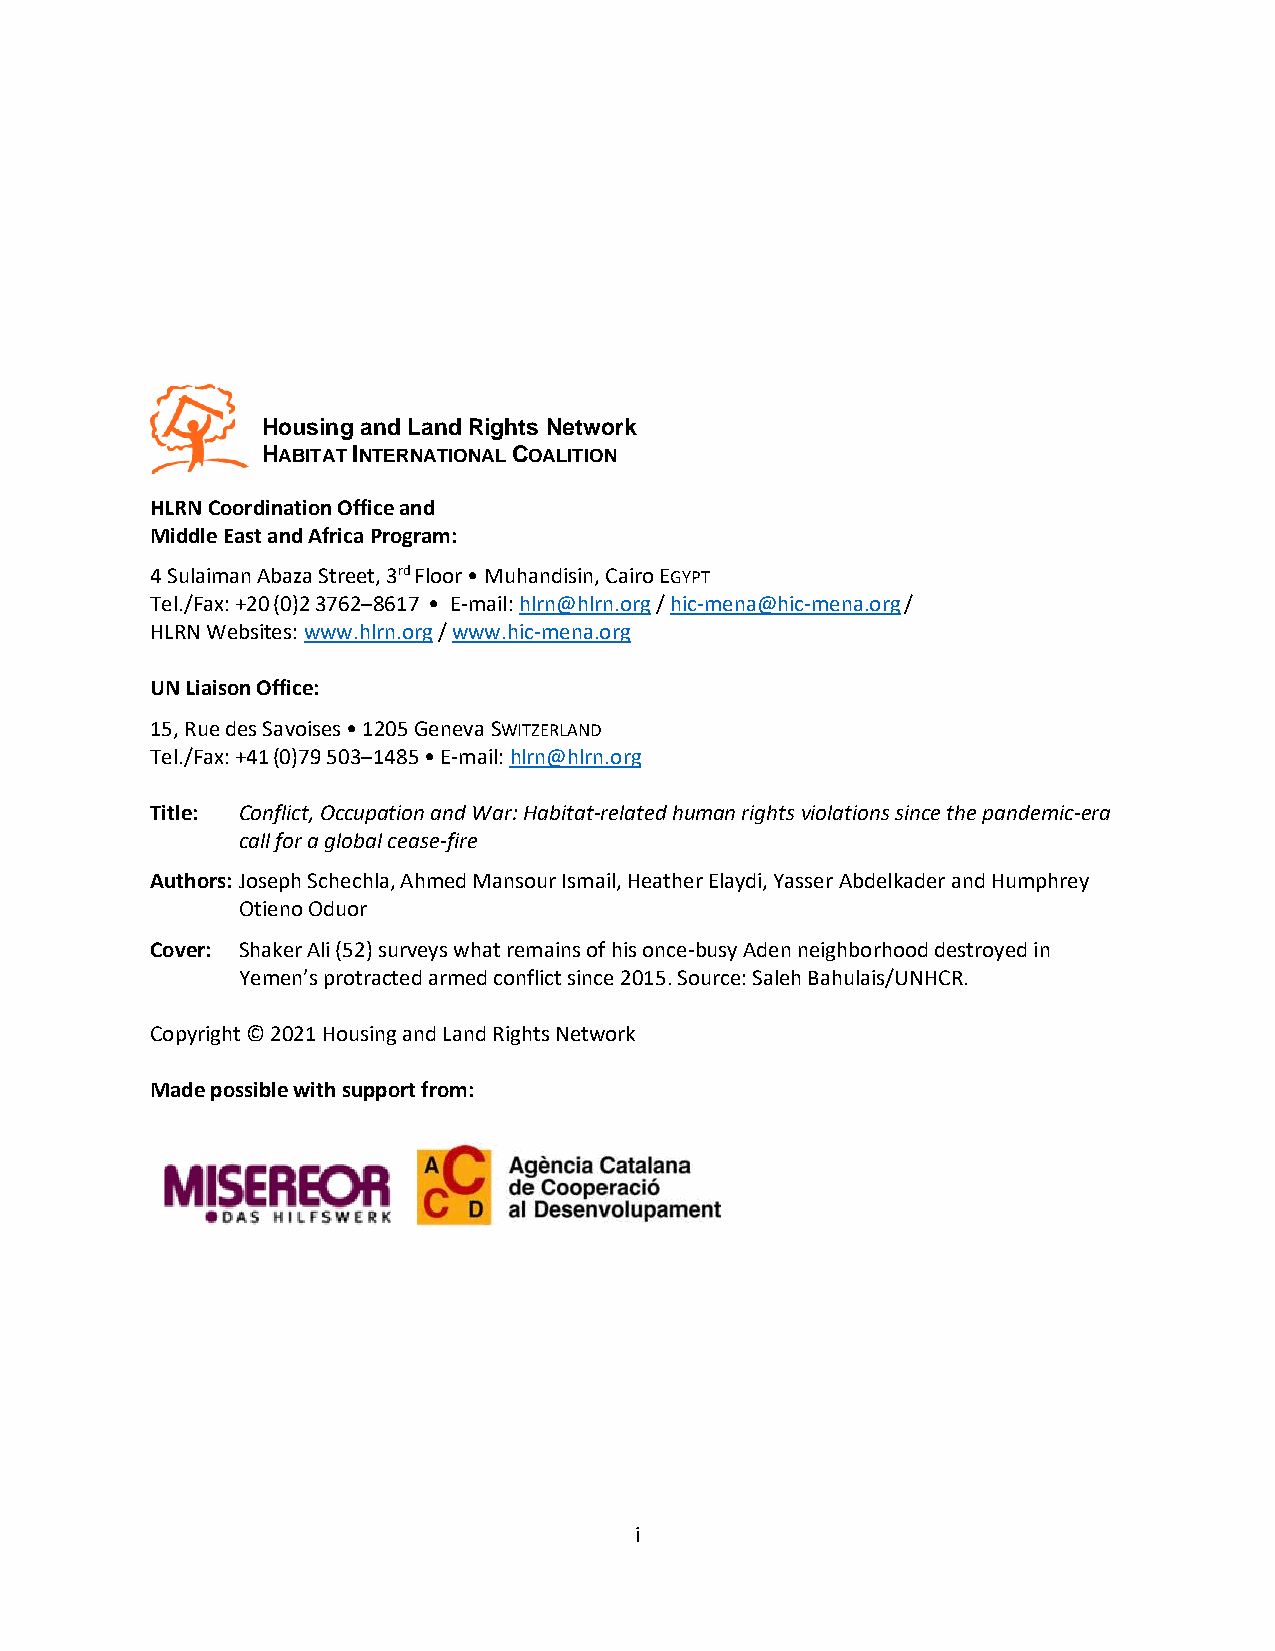
Housing and Land Rights Network
 HABITAT INTERNATIONAL COALITION
 HLRN Coordination Office and
 Middle East and Africa Program:
 4 Sulaiman Abaza Street, 3rd Floor • Muhandisin, Cairo EGYPT
 Tel./Fax: +20 (0)2 3762–8617 • E-mail: hlrn@hlrn.org / hic-mena@hic-mena.org /
 HLRN Websites: www.hlrn.org / www.hic-mena.org
 UN Liaison Office:
 15, Rue des Savoises • 1205 Geneva SWITZERLAND
 Tel./Fax: +41 (0)79 503–1485 • E-mail: hlrn@hlrn.org
 Title: Conflict, Occupation and War: Habitat-related human rights violations since the pandemic-era
 call for a global cease-fire
 Authors: Joseph Schechla, Ahmed Mansour Ismail, Heather Elaydi, Yasser Abdelkader and Humphrey
 Otieno Oduor
 Cover: Shaker Ali (52) surveys what remains of his once-busy Aden neighborhood destroyed in
 Yemen’s protracted armed conflict since 2015. Source: Saleh Bahulais/UNHCR.
 Copyright © 2021 Housing and Land Rights Network
 Made possible with support from:
 i